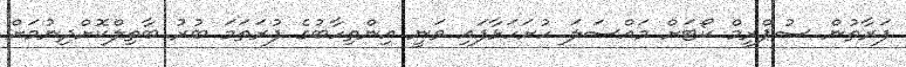
ފަރާތުން ސުޕްރީމް ކޯޓަށް މައްސަލަ ހުށަހަޅާފައި ވަނީ އިންތިހާބުގެ ފުރަތަމަ ބުރު ބާތިލްކޮށްދިނުމަށް